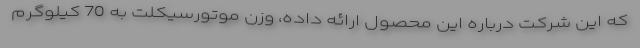
که این شرکت درباره این محصول ارائه داده، وزن موتورسیکلت به 70 کیلوگرم